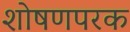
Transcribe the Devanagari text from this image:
शोषणपरक